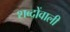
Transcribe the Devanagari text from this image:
शब्दोंवाली